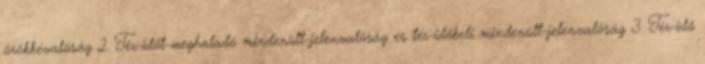
örökkévalóság 2. Tér-időt-meghaladó mindenütt-jelenvalóság és tér-időbeli mindenütt-jelenvalóság 3. Tér-idő